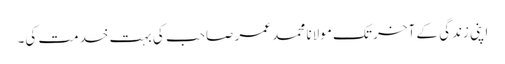
اپنی زندگی کے آخر تک مولانا محمد عمر صاحب کی بہت خدمت کی۔